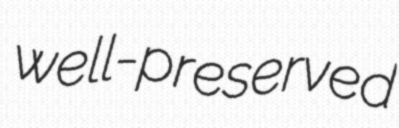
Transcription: well-preserved